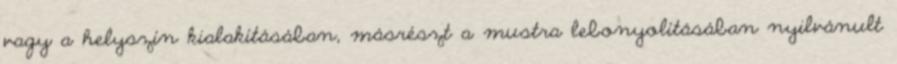
vagy a helyszín kialakításában, másrészt a mustra lebonyolításában nyilvánult